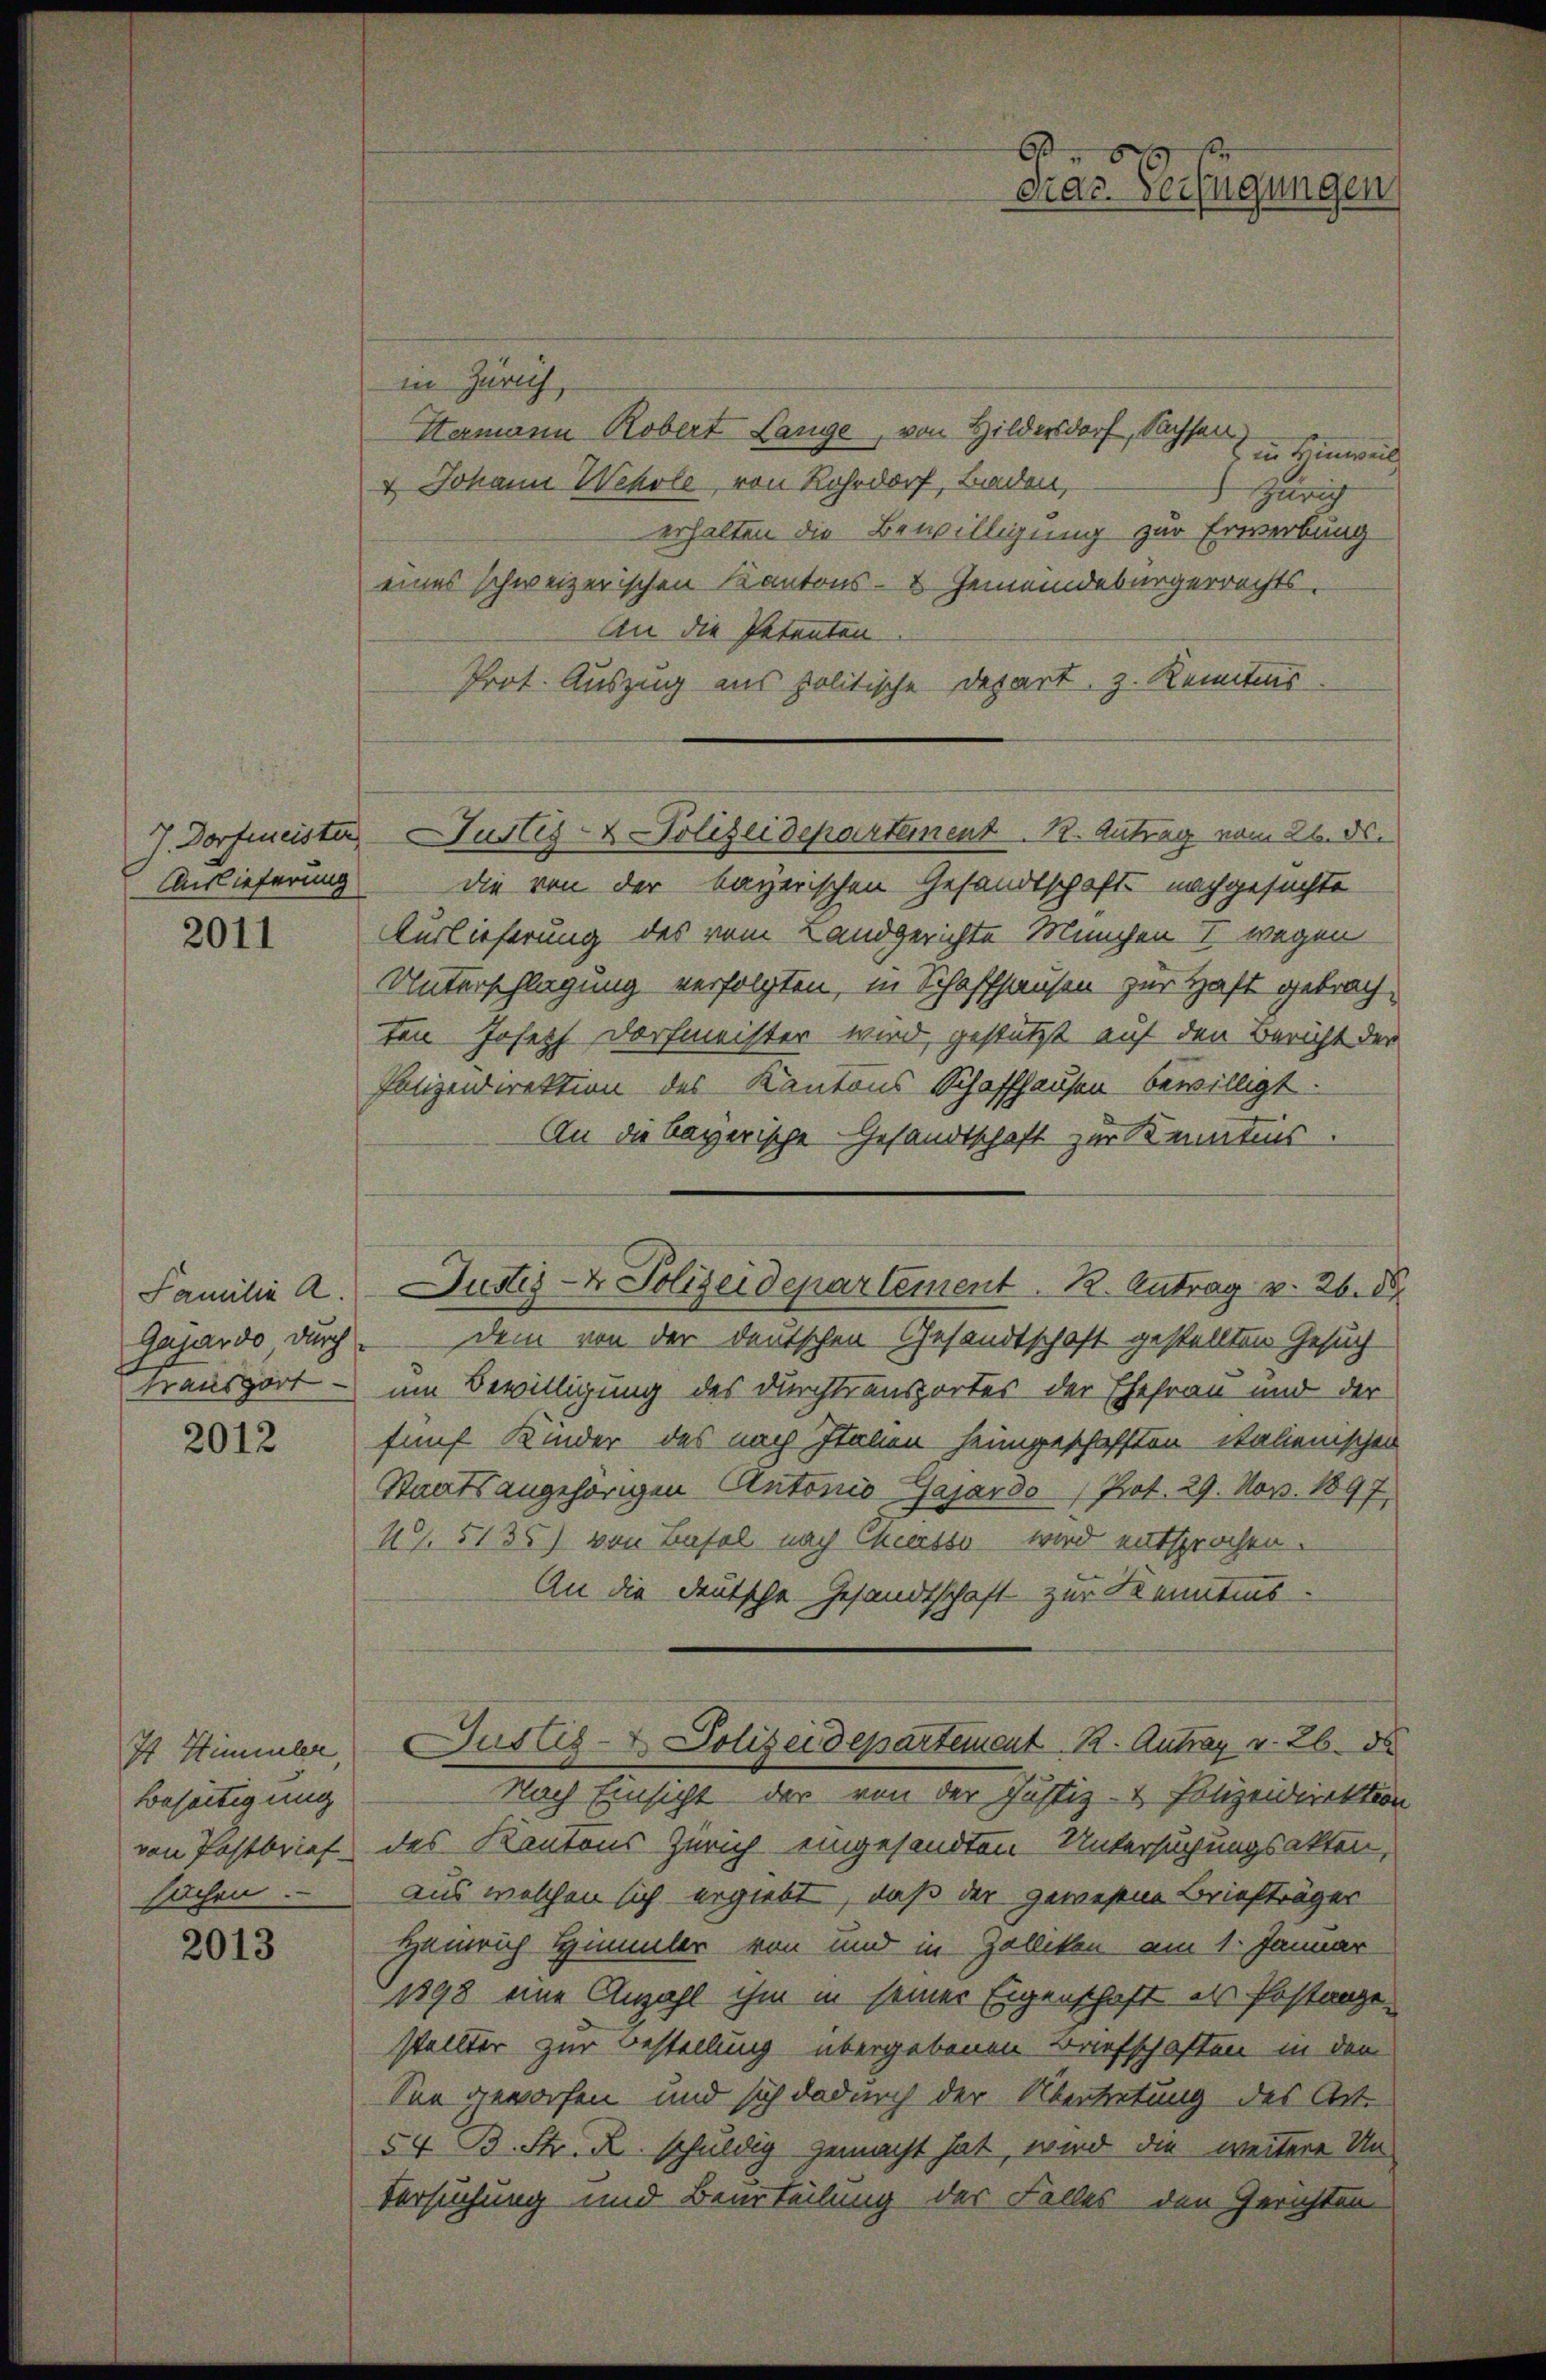
Auslieferung

2011

Familie a.

2012

I Himmler,
Beseitigung
sachen.

2013

in Zürich,
Hermann Robert Lange, von Hildersdorf, Sachsen
in Hinweil
v Johann Wehole, von Rohrdorf, Baden,
arig
erhalten die Bewilligung zur Erwerbung
eines schweizerischen Kantons- & Gemeindebürgerrechts-
An die Petenten
Prot. Auszug aus politische Depart, z. Kenntnis
die von der bayerischen Gesandtschaft nachgesuchte
Auslieferung des vom Landgerichte München I wegen
Unterschlagung verfolgten, in Schaffhausen zur Haft gebrach
ten Joseph Dorfmeister wird, gestützt auf den Bericht der
Polizeidirektion des Kantons Schaffhausen bewilligt.
An die bayerische Gesandtschaft zur Kenntnis.
Gajardo durch.  Dem von der deutschen Gesandtschaft gestellten Gesuch
Transport – um Bewilligung des Durchtransportes der Ehefrau und der
fünf Kinder des nach Italien heimgeschafften italienischen
Staatsangehörigen Antonio Gajardo (Prot. 29. Nov. 1897
49. 5135) von Basel nach Chiasso wird entsprochen.
An die deutsche Gesandtschaft zur Kenntnis.
Justiz- & Polizeidepartement. B. Antrag v. 26. d
Nach Einsicht der von der Justiz- & Polizeidirektion
von Postbrief des Kantons Zürich eingesandten Untersuchungsakten,
aus welchen sich ergiebt, daß der gewesene Briefträger
Heinrich Himmler von und in Zolliken am 1. Januar
1898 eine Anzahl ihm in seiner Eigenschaft als Postanze
stellter zur Bestellung übergebenen Briefschaften in den
See geworfen und sich dadurch der Übertretung des Art.
54. B. Str. K. schuldig gemacht hat, wird die weitere Un¬
Versuchung und Beurteilung der Falles den Gerichten

J. Dorfmeister Justiz- & Polizeidepartement. 12. Antrag vom 26. ds.

Justiz- & Polizeidepartement. K. Antrag v. 26. 88

.
dras Verfügungen